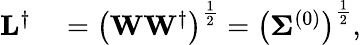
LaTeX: \begin{array}{rl}{\mathbf{L}^{\dagger}}&{{}=\left(\mathbf{W}\mathbf{W}^{\dagger}\right)^{\frac{1}{2}}=\left(\boldsymbol{\Sigma}^{(0)}\right)^{\frac{1}{2}},}\end{array}